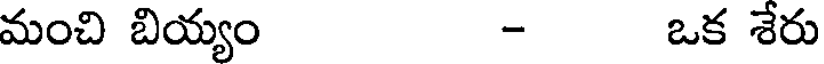
మంచి బియ్యం - ఒక శేరు